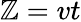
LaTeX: \mathbb{Z}=vt